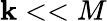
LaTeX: \mathbf{k}<<M